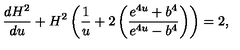
\frac { d H ^ { 2 } } { d u } + H ^ { 2 } \left( \frac { 1 } { u } + 2 \left( \frac { e ^ { 4 u } + b ^ { 4 } } { e ^ { 4 u } - b ^ { 4 } } \right) \right) = 2 ,